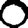
Digit: 0